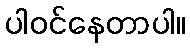
ပါဝင်နေတာပါ။